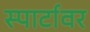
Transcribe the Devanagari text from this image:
स्पार्टावर